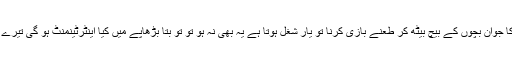
اماں کا جوان بچوں کے بیچ بیٹھ کر طعنے بازی کرنا تو یار شغل ہوتا ہے یہ بھی نہ ہو تو تُو بتا بڑھاپے میں کیا اینٹرٹینمنٹ ہو گی تیرے پاس؟